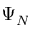
\Psi _ { N }